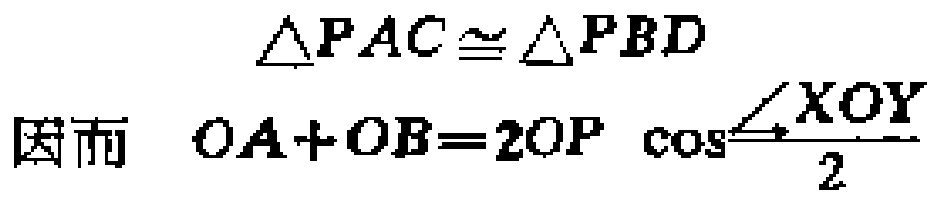
\(\triangle PAC\cong\triangle PBD\)
因而 \(OA + OB = 2OP\cos\frac{\angle XOY}{2}\)